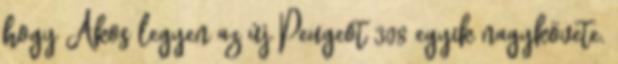
hogy Ákos legyen az új Peugeot 308 egyik nagykövete.